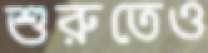
শুরুতেও